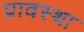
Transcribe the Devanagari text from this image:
प्रावस्‍था